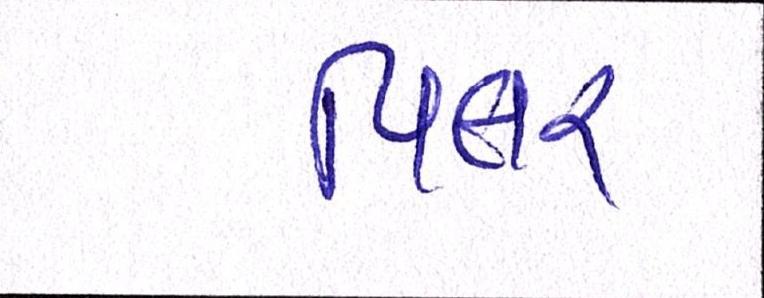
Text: પિલર